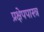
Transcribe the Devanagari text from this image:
प्रक्षेपपास्त्र